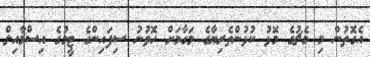
އެގޮތުން މި މެޗުގެ މޮޅު ކުޅުންތެރިޔާގެ މަގާމަށް ހޮވުނު ސިފައިންގެ ޓީމުގެ އިސްމާއިލް